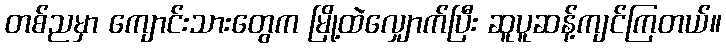
တစ်ညမှာ ကျောင်းသားတွေက မြို့ထဲလျှောက်ပြီး ဆူပူဆန့်ကျင်ကြတယ်။